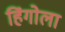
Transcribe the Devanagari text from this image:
हिंगोला